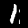
Digit: 1